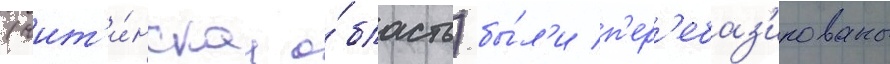
(чит'и́нскаа о́бласть) бы́л'и п'ер'ебаз'ированы